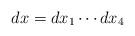
LaTeX: \begin{align*} dx = dx_1 \cdots dx_4\end{align*}